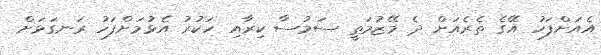
އެއަށްފަހު އޭގެ ތެރެއަށް ދެ މޭޒުމަތީ ސަމުސާ ކިރާއި ހަކުރު އެޅުމަށްފަހު ރަނގަޅަށް